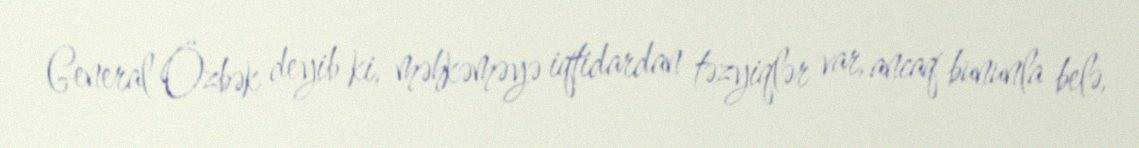
General Özbək deyib ki, məhkəməyə iqtidardan təzyiqlər var, ancaq bununla belə,